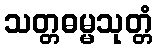
သတ္တဓမ္မသုတ္တံ